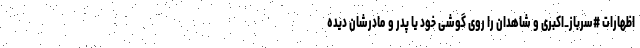
اظهارات #سرباز_اکبری و شاهدان را روی گوشی خود یا پدر و مادرشان دیده